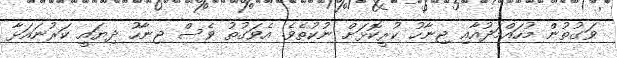
ވަގުތުން މުހައްމަދުއާއި ޖިނާހު ކުރީކޮޅަށް ނުކުތެވެ. އެވަގުތު ވެސް ޖިނާހު ދިޔައީ ކަރުނައަޅާ